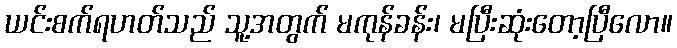
ယင်းစက်ရဟတ်သည် သူ့အတွက် မကုန်ခန်း၊ မပြီးဆုံးတော့ပြီလော။